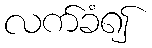
လက်ခံ၍